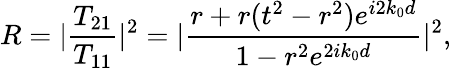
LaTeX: {}R=|\frac{T_{21}}{T_{11}}|^{2}=|{\frac{r+r(t^{2}-r^{2})e^{i2k_{0}d}}{1-r^{2}e^{2ik_{0}d}}|^{2}},